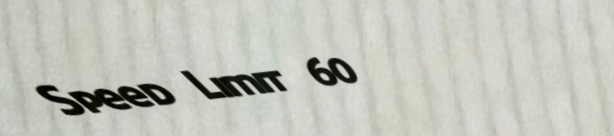
Speed Limit 60